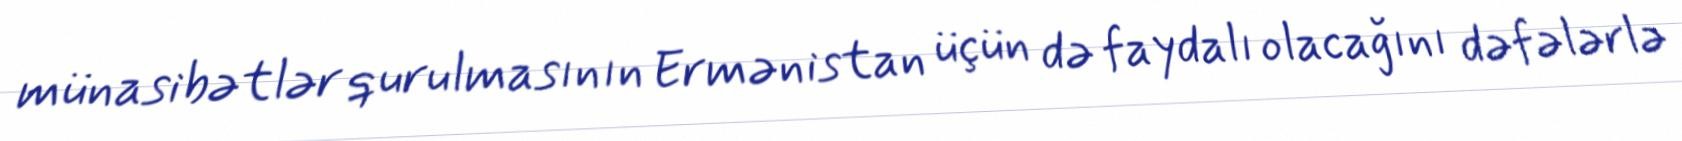
münasibətlər qurulmasının Ermənistan üçün də faydalı olacağını dəfələrlə